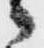
々